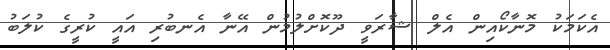
އެކަމަކު މޮނާކޯއިން އެލް ޝާރަވީ ދޫކޮށްލުމުން އޭނާ އެނބުރި އައީ ކުރީގެ ކުލަބު